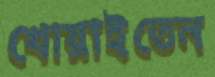
খোয়াইতেন